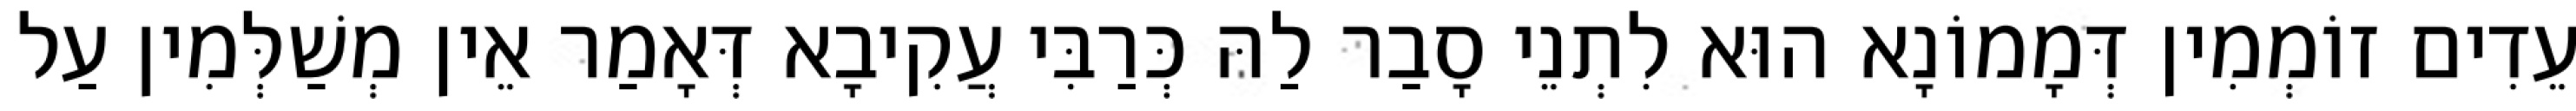
עֵדִים זוֹמְמִין דְּמָמוֹנָא הוּא לִתְנֵי סָבַר לַהּ כְּרַבִּי עֲקִיבָא דְּאָמַר אֵין מְשַׁלְּמִין עַל